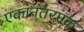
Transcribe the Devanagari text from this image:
एकानंतरएक